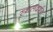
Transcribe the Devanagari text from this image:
स्थलदर्शन